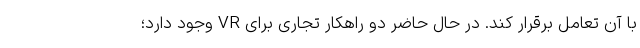
با آن تعامل برقرار کند. در حال حاضر دو راهکار تجاری برای VR وجود دارد؛